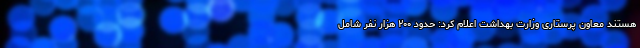
هستند معاون پرستاری وزارت بهداشت اعلام کرد: حدود ۲۰۰ هزار نفر شامل